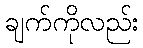
ချက်ကိုလည်း